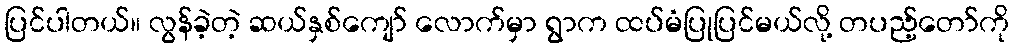
ပြင်ပါတယ်။ လွန်ခဲ့တဲ့ ဆယ်နှစ်ကျော် လောက်မှာ ရွာက ထပ်မံပြုပြင်မယ်လို့ တပည့်တော်ကို